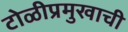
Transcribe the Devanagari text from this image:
टोळीप्रमुखाची